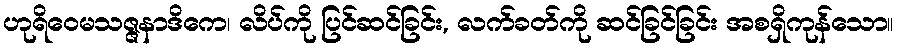
ဟုရိဝေမသဇ္ဇနာဒိကေ၊ လိပ်ကို ပြင်ဆင်ခြင်း, လက်ခတ်ကို ဆင်ခြင်ခြင်း အစရှိကုန်သော။